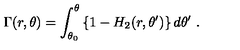
\Gamma ( r , \theta ) = \int _ { \theta _ { 0 } } ^ { \theta } \left\{ 1 - H _ { 2 } ( r , \theta ^ { \prime } ) \right\} d \theta ^ { \prime } \ .